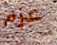
عزم